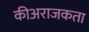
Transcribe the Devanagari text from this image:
कीअराजकता